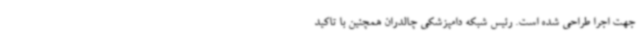
جهت اجرا طراحی شده است. رئیس شبکه دامپزشکی چالدران همچنین با تاکید